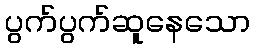
ပွက်ပွက်ဆူနေသော